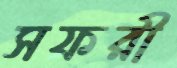
সফরী